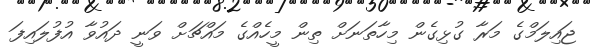
ޖައިލަމްގެ މަރާ ގުޅިގެން މިހާތަނަށް ތިން މީހެއްގެ މައްޗަށް ވަނީ ދައުވާ އުފުލައިފަ